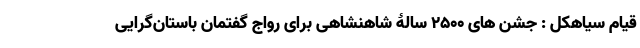
قیام سیاهکل : جشن های 2500 سالۀ شاهنشاهی برای رواج گفتمان باستان‌گرایی